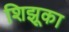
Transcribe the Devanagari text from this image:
शिझूका